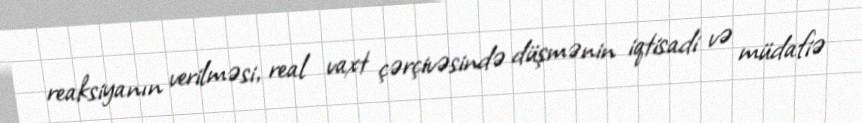
reaksiyanın verilməsi, real vaxt çərçivəsində düşmənin iqtisadi və müdafiə